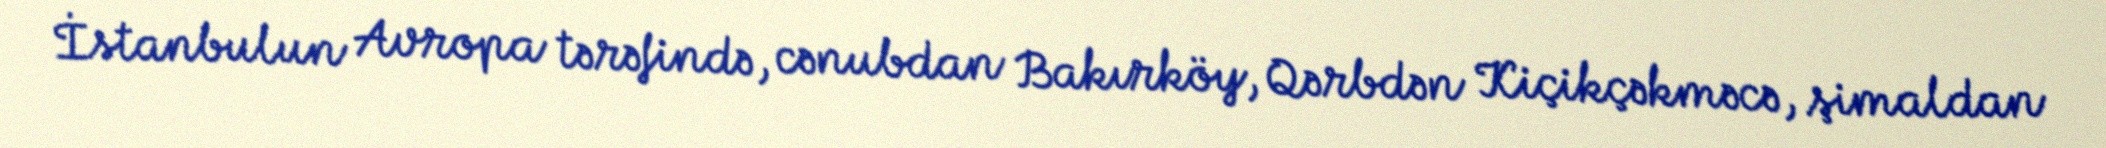
İstanbulun Avropa tərəfində, cənubdan Bakırköy, Qərbdən Kiçikçəkməcə, şimaldan